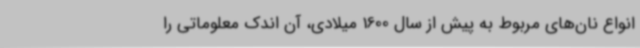
انواع نان‌های مربوط به پیش از سال 1600 میلادی، آن اندک معلوماتی را